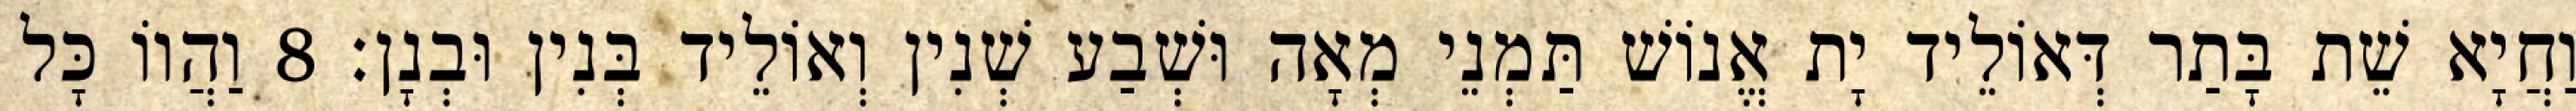
וַחֲיָא שֵׁת בָּתַר דְּאוֹלֵיד יָת אֱנוֹשׁ תַּמְנֵי מְאָה וּשְׁבַע שְׁנִין וְאוֹלֵיד בְּנִין וּבְנָן׃ 8 וַהֲווֹ כָּל